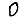
Digit: 0